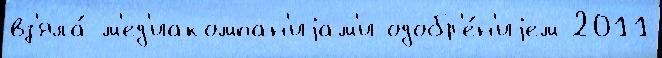
вз'яла́ м'ед'иакомпан'иjам'и одобр'е́н'иjем 2011